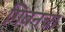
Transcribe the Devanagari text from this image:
गिबनचा